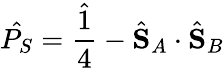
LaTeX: \hat{P_{S}}=\hat{\frac{1}{4}}-\hat{\mathbf{S}}_{A}\cdot\hat{\mathbf{S}}_{B}